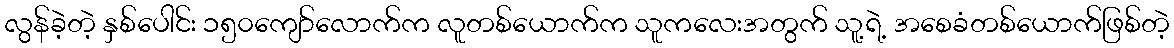
လွန်ခဲ့တဲ့ နှစ်ပေါင်း ၁၅၀ကျော်လောက်က လူတစ်ယောက်က သူကလေးအတွက် သူ့ရဲ့ အစေခံတစ်ယောက်ဖြစ်တဲ့